Calcutta medical institutions reports 1871-78
Year: 1871
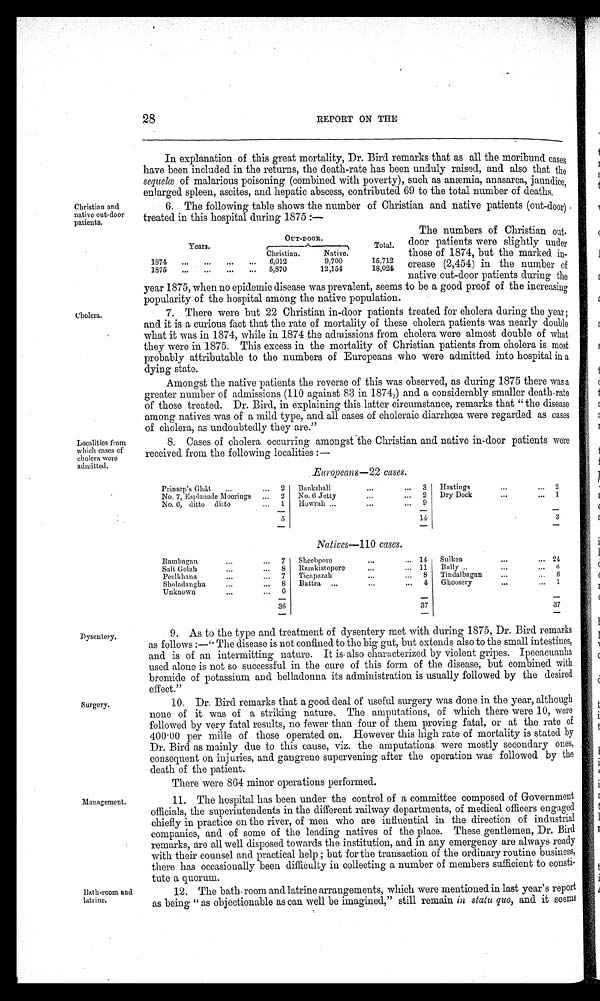
Surgery.
Management.
Bath-room and
latrine.
28
REPORT ON THE
Christian and
native out-door
patients.
In explanation of this great mortality, Dr. Bird remarks that as all the moribund cases
have been included in the returns, the death-rate has been unduly raised, and also that the
sequelœo f m a l a r i o u s p o i s o n i n g ( c o m b i n e d w i t h p o v e r t y ) , s u c h a s a n æ m i a , a n a s a r c a , j a u n d i c e ,
enlarged spleen, ascites, and hepatic abscess, contributed 69 to the total number of deaths.
6. The following table shows the number of Christian and native patients (out-door)
treated in this hospital during 1875 :—
The numbers of Christian out
-door patients were slightly under
those of 1874, but the marked in
-crease (2,454) in the number of
native out-door patients during the
year 1875, when no epidemic disease was prevalent, seems to be a good proof of the increasing
popularity of the hospital among the native population.
OUT-DOOR.
Years
Total.
Christian.
Native.
1874
6,012
9,700
15,712
1875
5,870
12,154
18,024
Cholera.
7. There were but 22 Christian in-door patients treated for cholera during the year;
and it is a curious fact that the rate of mortality of these cholera patients was nearly double
what it was in 1874, while in 1874 the admissions from cholera were almost double of what
they were in 1875. This excess in the mortality of Christian patients from cholera is most
probably attributable to the numbers of Europeans who were admitted into hospital in a
dying state.
Amongst the native patients the reverse of this was observed, as during 1875 there was a
greater number of admissions (110 against 83 in 1874,) and a considerably smaller death-rate
of those treated. Dr. Bird, in explaining this latter circumstance, remarks that " the disease
among natives was of a mild type, and all cases of choleraic diarrhœa were regarded as cases
of cholera, as undoubtedly they are."
Localities from
which cases of
chol era were admi t t ed.
8. Cases of cholera occurring amongst the Christian and native in-door patients were
received from the following localities :—
Dysentery.
Europeans—22 cases.
Prinsep's Ghât
2 Bankshall
3 Hastings
2
N o . 7 , E s p l a n a d e M o o r i n g s
2 No. 6 Jetty
2
D r y D o c k
1
No. 6, ditto ditto
1 Howrah
9
5
14
3
N a t i v e s — 1 1 0 c a s e s .
Rambagan 7 Sheebpore
14 Sulkea
2 4
Salt Golah
8 Ramkistopore
11 Bally
6
Peelkhana
7 Ticaparah
8 Tindalbagan
6
Sholadangha
8
B a t t r a
4 Ghoosery
1
Unknown
6
36
37
37
9. As to the type and treatment of dysentery met with during 1875, Dr. Bird remarks
as follows :—" The disease is not confined to the big gut, but extends also to the small intestines,
and is of an intermitting nature. It is also characterized by violent gripes. Ipecacuanha
used alone is not so successful in the cure of this form of the disease, but combined with
bromide of potassium and belladonna its administration is usually followed by the desired
effect."
10. Dr. Bird remarks that a good deal of useful surgery was done in the year, although
none of it was of a striking nature. The amputations, of which there were 10, were
followed by very fatal results, no fewer than four of them proving fatal, or at the rate of
400.00 per mille of those operated on. However this high rate of mortality is stated by
Dr. Bird as mainly due to this cause, viz. the amputations were mostly secondary ones,
consequent on injuries, and gangrene supervening after the operation was followed by the
death of the patient.
There were 864 minor operations performed.
11. The hospital has been under the control of a committee composed of Government
officials, the superintendents in the different railway departments, of medical officers engaged
chiefly in practice on the river, of men who are influential in the direction of industrial
companies, and of some of the leading natives of the place. These gentlemen, Dr. Bird
remarks, are all well disposed towards the institution, and in any emergency are always ready
with their counsel and practical help ; but for the transaction of the ordinary routine business,
there has occasionally been difficulty in collecting a number of members sufficient to consti
- t u t e a q u o r u m .
12. The bath-room and latrine arrangements, which were mentioned in last year's report
as being " as objectionable as can well be imagined," still remain in statu quo, a n d i t s e e m s